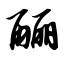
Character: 酾